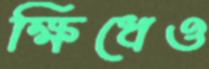
ক্ষিধেও